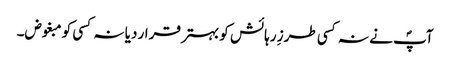
آپؐ نے نہ کسی طرزِ رہائش کو بہتر قرار دیا نہ کسی کو مبغوض۔